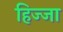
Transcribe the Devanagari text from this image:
हिज्जा